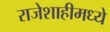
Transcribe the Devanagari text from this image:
राजेशाहीमध्ये